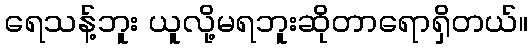
ရေသန့်ဘူး ယူလို့မရဘူးဆိုတာရောရှိတယ်။